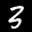
Label: 3